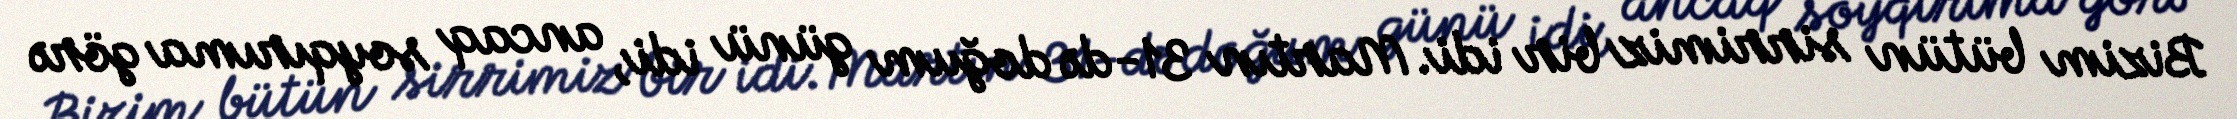
Bizim bütün sirrimiz bir idi. Martın 31-də doğum günü idi, ancaq soyqırıma görə